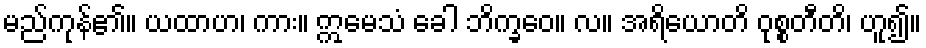
မည်ကုန်၏။ ယထာဟ၊ ကား။ ဣမေသံ ခေါ ဘိက္ခဝေ။ လ။ အရိယောတိ ဝုစ္စတီတိ၊ ဟူ၍။